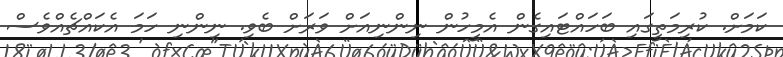
ކަމަށް. ކުރިމަތީގައި ބަހައްޓައިގެން އެމީހުން ނިންނިއަށް ވަރަށް ބެވި. ނިންނި ހަމަ އެކައްޗެއްވެސް